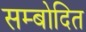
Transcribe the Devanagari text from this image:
सम्बोदित